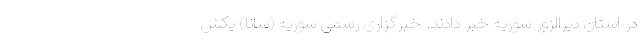
در استان دیرالزور سوریه خبر دادند. خبرگزاری رسمی سوریه (سانا) یکش